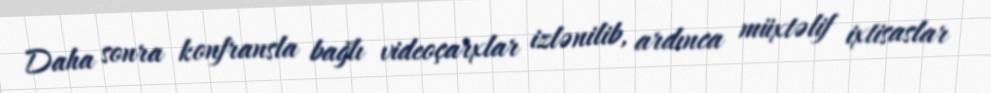
Daha sonra konfransla bağlı videoçarxlar izlənilib, ardınca müxtəlif ixtisaslar